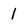
Character: I